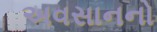
અવસાનનો